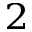
_ 2